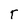
Character: T